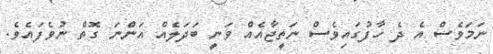
ނަމަވެސް އެ ދެ ހާފުގައިވެސް ނަތީޖާއެއް ވަނީ ބަދަލެއް އަންނަ ގޮތް ނުވެފައެވެ.